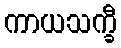
ကာယသက္ခီ